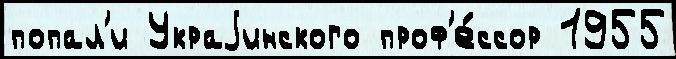
попал'и Украjинского проф'е́ссор 1955